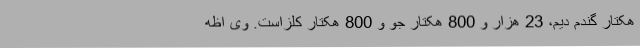
هکتار گندم دیم، 23 هزار و 800 هکتار جو و 800 هکتار کلزاست. وی اظه